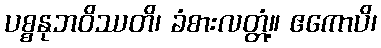
ပစ္စနုဘဝိဿတိ၊ ခံစားလတ္တံ့။ ဧကောပိ၊